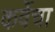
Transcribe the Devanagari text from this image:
कर्वेचा